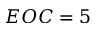
E O C = 5